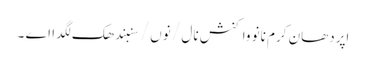
اپردھان کرم نانوَ واکنش نال / نوں / سنبندھک لگدا اے ۔